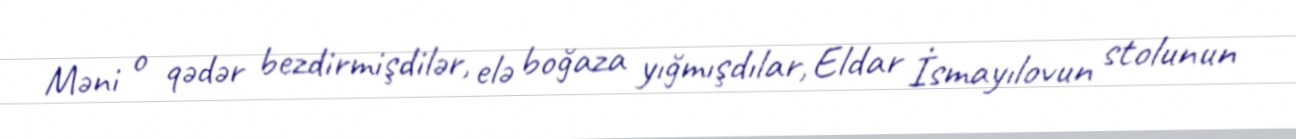
Məni o qədər bezdirmişdilər, elə boğaza yığmışdılar, Eldar İsmayılovun stolunun